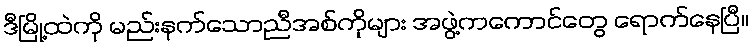
ဒီမြို့ထဲကို မည်းနက်သောညီအစ်ကိုများ အဖွဲ့ကကောင်တွေ ရောက်နေပြီ။